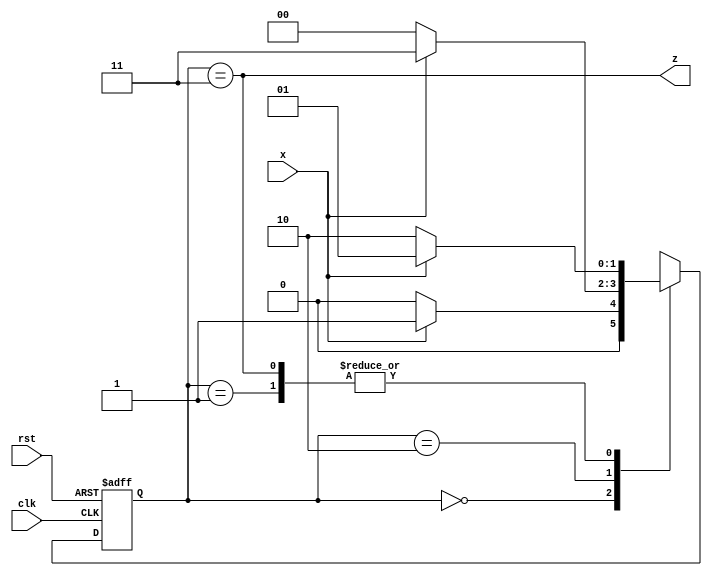
module moore(x,clk,rst,z);
input x,clk,rst;
output z;
parameter s0=2'b00,s1=2'b01,s2=2'b10,s3=2'b11;
reg[1:0]ps,ns;
always@(posedge clk or posedge rst)
begin
if(rst)
ps<=s0;
else
ps<=ns;
end
always@(ns,ps)
begin
     case(ps)
s0:begin
   if(x==1)
   ns<=s1;
   else
   ns<=s0;
 end
s1:begin
   if(x==1)
   ns<=s1;
   else
   ns<=s2;
 end
s2:begin
   if(x==1)
   ns<=s3;
   else
   ns<=s0;
 end
s3:begin
   if(x==1)
   ns<=s1;
   else
   ns<=s2;
 end
 endcase
 end
 assign z=(ps==s3);
endmodule